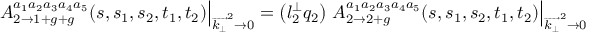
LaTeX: \left. A _ { 2 \rightarrow 1 + g + g } ^ { a _ { 1 } a _ { 2 } a _ { 3 } a _ { 4 } a _ { 5 } } ( s , s _ { 1 } , s _ { 2 } , t _ { 1 } , t _ { 2 } ) \right| _ { \overrightarrow { k _ { \bot } } ^ { 2 } \rightarrow 0 } = \left( l _ { 2 } ^ { \bot } q _ { 2 } \right) \left. A _ { 2 \rightarrow 2 + g } ^ { a _ { 1 } a _ { 2 } a _ { 3 } a _ { 4 } a _ { 5 } } ( s , s _ { 1 } , s _ { 2 } , t _ { 1 } , t _ { 2 } ) \right| _ { \overrightarrow { k _ { \bot } } ^ { 2 } \rightarrow 0 }